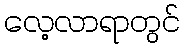
လေ့လာရာတွင်